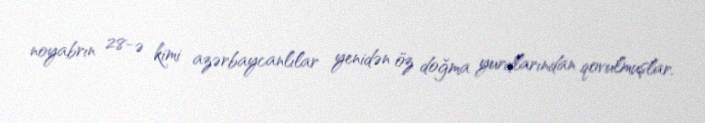
noyabrın 28-ə kimi azərbaycanlılar yenidən öz doğma yurdlarından qovulmuşlar.